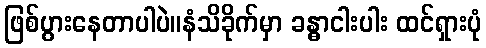
ဖြစ်ပွားနေတာပါပဲ။နံသိခိုက်မှာ ခန္ဓာငါးပါး ထင်ရှားပုံ